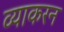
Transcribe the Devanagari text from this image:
व्याकरन